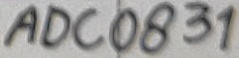
Text: ADC0831